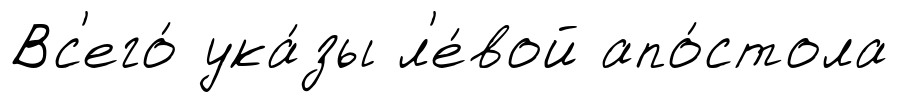
Вс'его́ ука́зы л'е́вой апо́стола